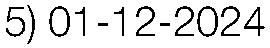
5) 01-12-2024